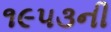
૧૯૫૩ની